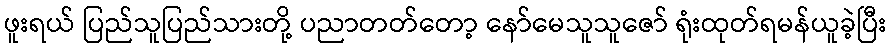
ဖူးရယ် ပြည်သူပြည်သားတို့ ပညာတတ်တော့ နော်မေသူသူဇော် ရုံးထုတ်ရမန်ယူခဲ့ပြီး